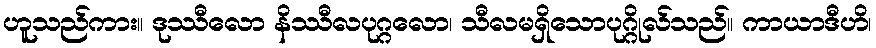
ဟူသည်ကား။ ဒုဿီလော နိဿီလပုဂ္ဂလော၊ သီလမရှိသောပုဂ္ဂိုလ်သည်။ ကာယာဒီဟိ၊